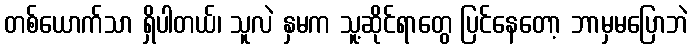
တစ်ယောက်သာ ရှိပါတယ်၊ သူလဲ နှမက သူ့ဆိုင်ရာတွေ ပြင်နေတော့ ဘာမှမပြောဘဲ